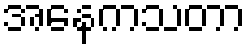
အနေကသတာ